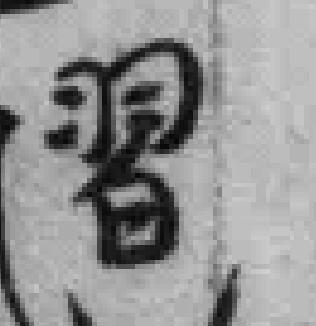
習